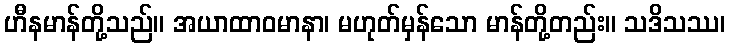
ဟီနမာန်တို့သည်။ အယာထာဝမာနာ၊ မဟုတ်မှန်သော မာန်တို့တည်း။ သဒိသဿ၊